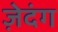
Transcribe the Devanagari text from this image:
ज़ेदंग